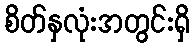
စိတ်နှလုံးအတွင်းရှိ